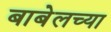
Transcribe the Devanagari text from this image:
बाबेलच्या